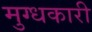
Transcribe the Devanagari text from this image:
मुग्धकारी